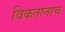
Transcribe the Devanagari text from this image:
विकतानाच